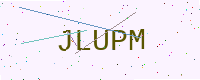
Text: JLUPM